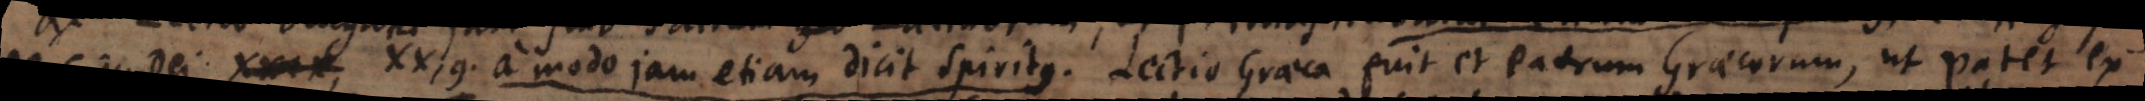
De civ. Dei , XX, 9. amodo jam etiam dicit Spiritus. Lectio Graeca fuit et Patrum Graecorum, ut patet ex